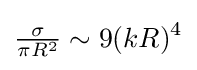
{\tfrac {\sigma }{\pi R^{2}}}\sim 9(kR)^{4}